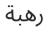
رھبة